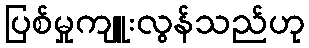
ပြစ်မှုကျူးလွန်သည်ဟု